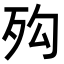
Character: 𣧔